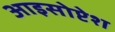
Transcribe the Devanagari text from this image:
आइसोप्टेश